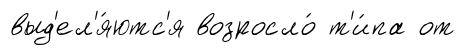
выд'ел'я́ютс'я возросло́ т'и́па от